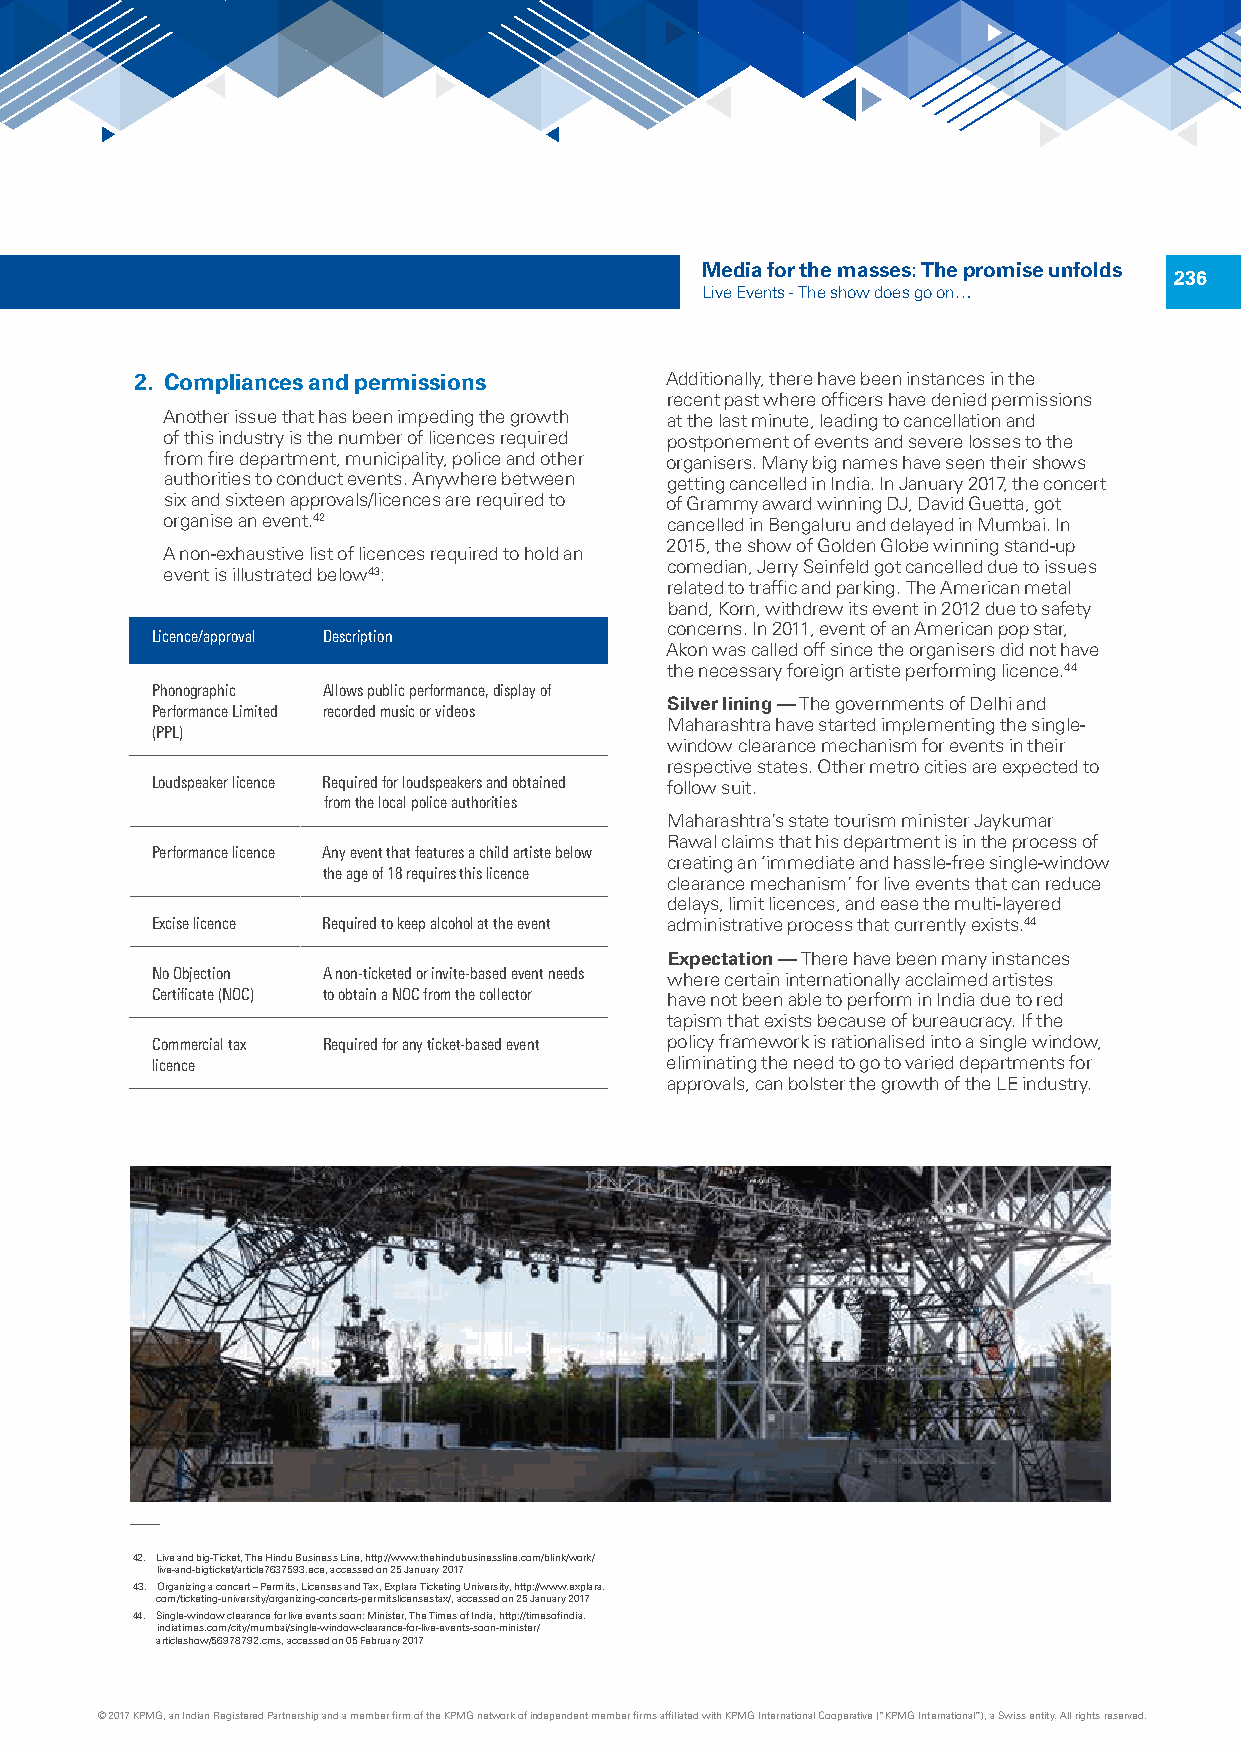
Media for the masses: The promise unfolds
 236
 Live Events - The show does go on…
 2. Compliances and permissions     Additionally, there have been instances in the
 recent past where officers have denied permissions
 Another issue that has been impeding the growth at the last minute, leading to cancellation and
 of this industry is the number of licences required postponement of events and severe losses to the
 from fire department, municipality, police and other organisers. Many big names have seen their shows
 authorities to conduct events. Anywhere between getting cancelled in India. In January 2017, the concert
 six and sixteen approvals/licences are required to of Grammy award winning DJ, David Guetta, got
 organise an event.42             cancelled in Bengaluru and delayed in Mumbai. In
 2015, the show of Golden Globe winning stand-up
 A non-exhaustive list of licences required to hold an
 comedian, Jerry Seinfeld got cancelled due to issues
 event is illustrated below43:
 related to traffic and parking. The American metal
 band, Korn, withdrew its event in 2012 due to safety
 concerns. In 2011, event of an American pop star,
 Licence/approval Description
 Akon was called off since the organisers did not have
 the necessary foreign artiste performing licence.44
 Phonographic Allows public performance, display of
 Silver lining — The governments of Delhi and
 Performance Limited recorded music or videos
 Maharashtra have started implementing the single-
 (PPL)
 window clearance mechanism for events in their
 respective states. Other metro cities are expected to
 Loudspeaker licence Required for loudspeakers and obtained follow suit.
 from the local police authorities
 Maharashtra’s state tourism minister Jaykumar
 Rawal claims that his department is in the process of
 Performance licence Any event that features a child artiste below
 creating an ‘immediate and hassle-free single-window
 the age of 18 requires this licence
 clearance mechanism’ for live events that can reduce
 delays, limit licences, and ease the multi-layered
 Excise licence Required to keep alcohol at the event administrative process that currently exists.44
 Expectation — There have been many instances
 No Objection A non-ticketed or invite-based event needs where certain internationally acclaimed artistes
 Certificate (NOC) to obtain a NOC from the collector have not been able to perform in India due to red
 tapism that exists because of bureaucracy. If the
 Commercial tax Required for any ticket-based event policy framework is rationalised into a single window,
 licence                           eliminating the need to go to varied departments for
 approvals, can bolster the growth of the LE industry.
 42. Live and big-Ticket, The Hindu Business Line, http://www.thehindubusinessline.com/blink/work/
 live-and-bigticket/article7637593.ece, accessed on 25 January 2017
 43. Organizing a concert – Permits, Licenses and Tax, Explara Ticketing University, http://www.explara.
 com/ticketing-university/organizing-concerts-permitslicensestax/, accessed on 25 January 2017
 44. Single-window clearance for live events soon: Minister, The Times of India, http://timesofindia.
 indiatimes.com/city/mumbai/single-window-clearance-for-live-events-soon-minister/
 articleshow/56978792.cms, accessed on 05 February 2017
 © 2017 KPMG, an Indian Registered Partnership and a member firm of the KPMG network of independent member firms affiliated with KPMG International Cooperative (“KPMG International”), a Swiss entity. All rights reserved.